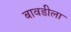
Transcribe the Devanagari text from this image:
बावडीला